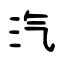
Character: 汽